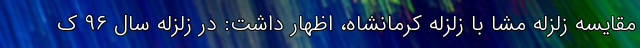
مقایسه زلزله مشا با زلزله کرمانشاه، اظهار داشت: در زلزله سال ۹۶ ک